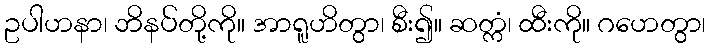
ဥပါဟနာ၊ ဘိနပ်တို့ကို။ အာရူဟိတွာ၊ စီး၍။ ဆတ္ကံ၊ ထီးကို။ ဂဟေတွာ၊